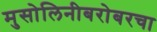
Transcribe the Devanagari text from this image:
मुसोलिनीबरोबरचा